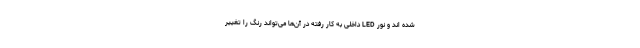
شده اند و نور LED داخلی به کار رفته در آن‌ها می‌تواند رنگ را تغییر